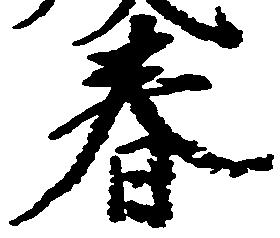
春